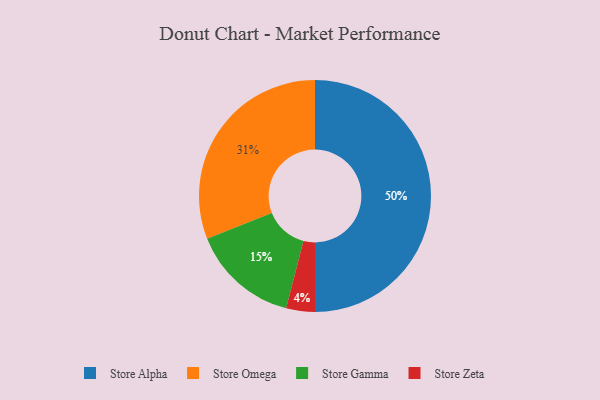
{"axis": {"x": "Category", "y": "Percentage"}, "legend": ["Store Alpha", "Store Gamma", "Store Omega", "Store Zeta"], "data": [{"x": "Store Omega", "y": 31, "type": "Store Omega"}, {"x": "Store Alpha", "y": 50, "type": "Store Alpha"}, {"x": "Store Zeta", "y": 4, "type": "Store Zeta"}, {"x": "Store Gamma", "y": 15, "type": "Store Gamma"}]}